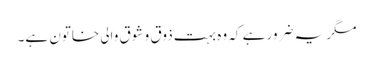
مگر یہ ضرور ہے کہ وہ بہت ذوق و شوق والی خاتون ہے۔